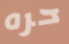
حره